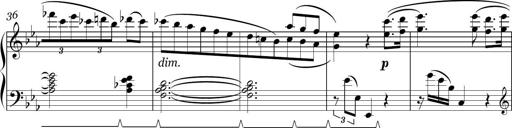
Title: Sonatina in E minor
Composer: Shuwen Zhang
Key: E minor